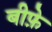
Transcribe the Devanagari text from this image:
बीफ़े